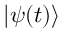
| \psi ( t ) \rangle